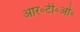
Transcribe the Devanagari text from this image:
आर॰टी॰ओ॰